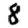
Digit: 8